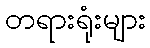
တရားရုံးများ